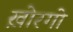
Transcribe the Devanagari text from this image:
ख़ोरगो